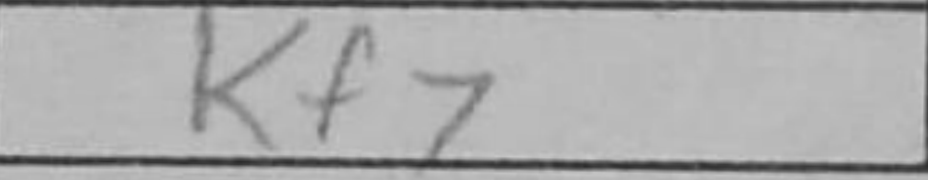
Transcription: Kf7